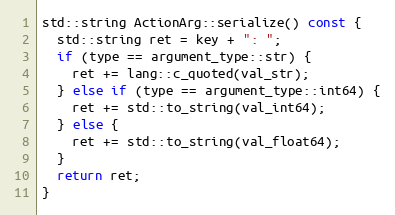
Language: C++
std::string ActionArg::serialize() const {
  std::string ret = key + ": ";
  if (type == argument_type::str) {
    ret += lang::c_quoted(val_str);
  } else if (type == argument_type::int64) {
    ret += std::to_string(val_int64);
  } else {
    ret += std::to_string(val_float64);
  }
  return ret;
}